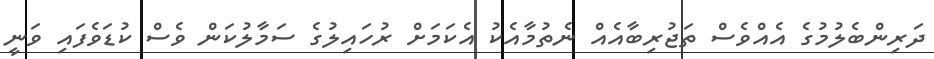
ދަރިންބެލުމުގެ އެއްވެސް ތަޖުރިބާއެއް ނެތުމާއެކު އެކަމަށް ރުހައިލުގެ ސަމާލުކަން ވެސް ކުޑަވެފައި ވަނީ